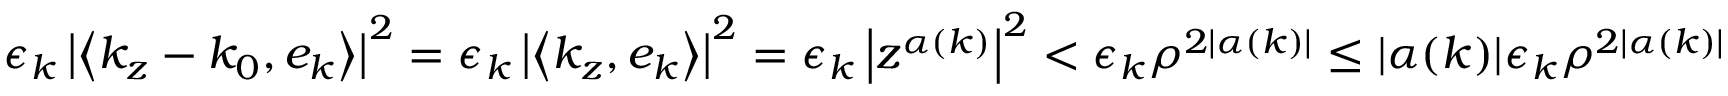
\epsilon _ { k } \left| \left\langle k _ { z } - k _ { 0 } , e _ { k } \right\rangle \right| ^ { 2 } = \epsilon _ { k } \left| \left\langle k _ { z } , e _ { k } \right\rangle \right| ^ { 2 } = \epsilon _ { k } \left| z ^ { \alpha ( k ) } \right| ^ { 2 } < \epsilon _ { k } \rho ^ { 2 | \alpha ( k ) | } \leq | \alpha ( k ) | \epsilon _ { k } \rho ^ { 2 | \alpha ( k ) | }